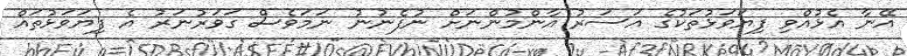
އޭނާ އެޅުއްވި ފިޔަވަޅުތަކުގެ އަސަރު އާންމުންނަށް ނުފެނުނު ނަމަވެސް ގަވަރުނަރު އެ ފިޔަވަޅުތައް